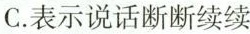
C.表示说话断断续续